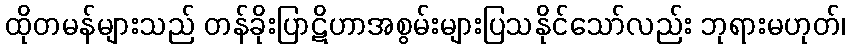
ထိုတမန်များသည် တန်ခိုးပြာဋိဟာအစွမ်းများပြသနိုင်သော်လည်း ဘုရားမဟုတ်၊